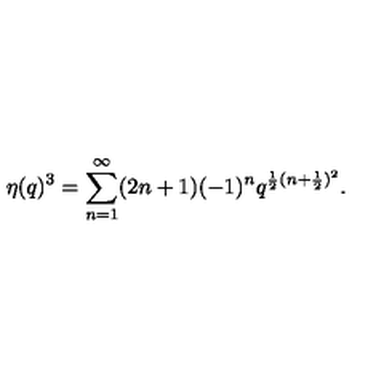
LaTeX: \eta ( q ) ^ { 3 } = \sum _ { n = 1 } ^ { \infty } ( 2 n + 1 ) ( - 1 ) ^ { n } q ^ { \frac { 1 } { 2 } ( n + \frac { 1 } { 2 } ) ^ { 2 } } .